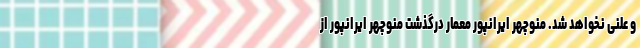
و علنی نخواهد شد. منوچهر ایرانپور معمار درگذشت منوچهر ایرانپور از